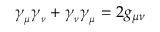
\gamma _ { _ \mu } \gamma _ { _ \nu } + \gamma _ { _ \nu } \gamma _ { _ \mu } = 2 g _ { \mu \nu }